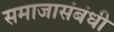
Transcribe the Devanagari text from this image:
समाजासंबंधी